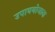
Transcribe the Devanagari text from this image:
उपाययोजाना